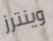
وينترز